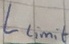
Text: Llimit